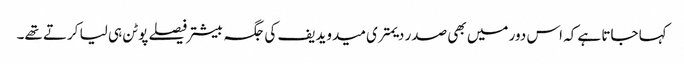
کہا جاتا ہے کہ اس دور میں بھی صدر دیمتری میدویدیف کی جگہ بیشتر فیصلے پوٹن ہی لیا کرتے تھے۔